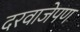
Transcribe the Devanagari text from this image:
दरवाजेपण